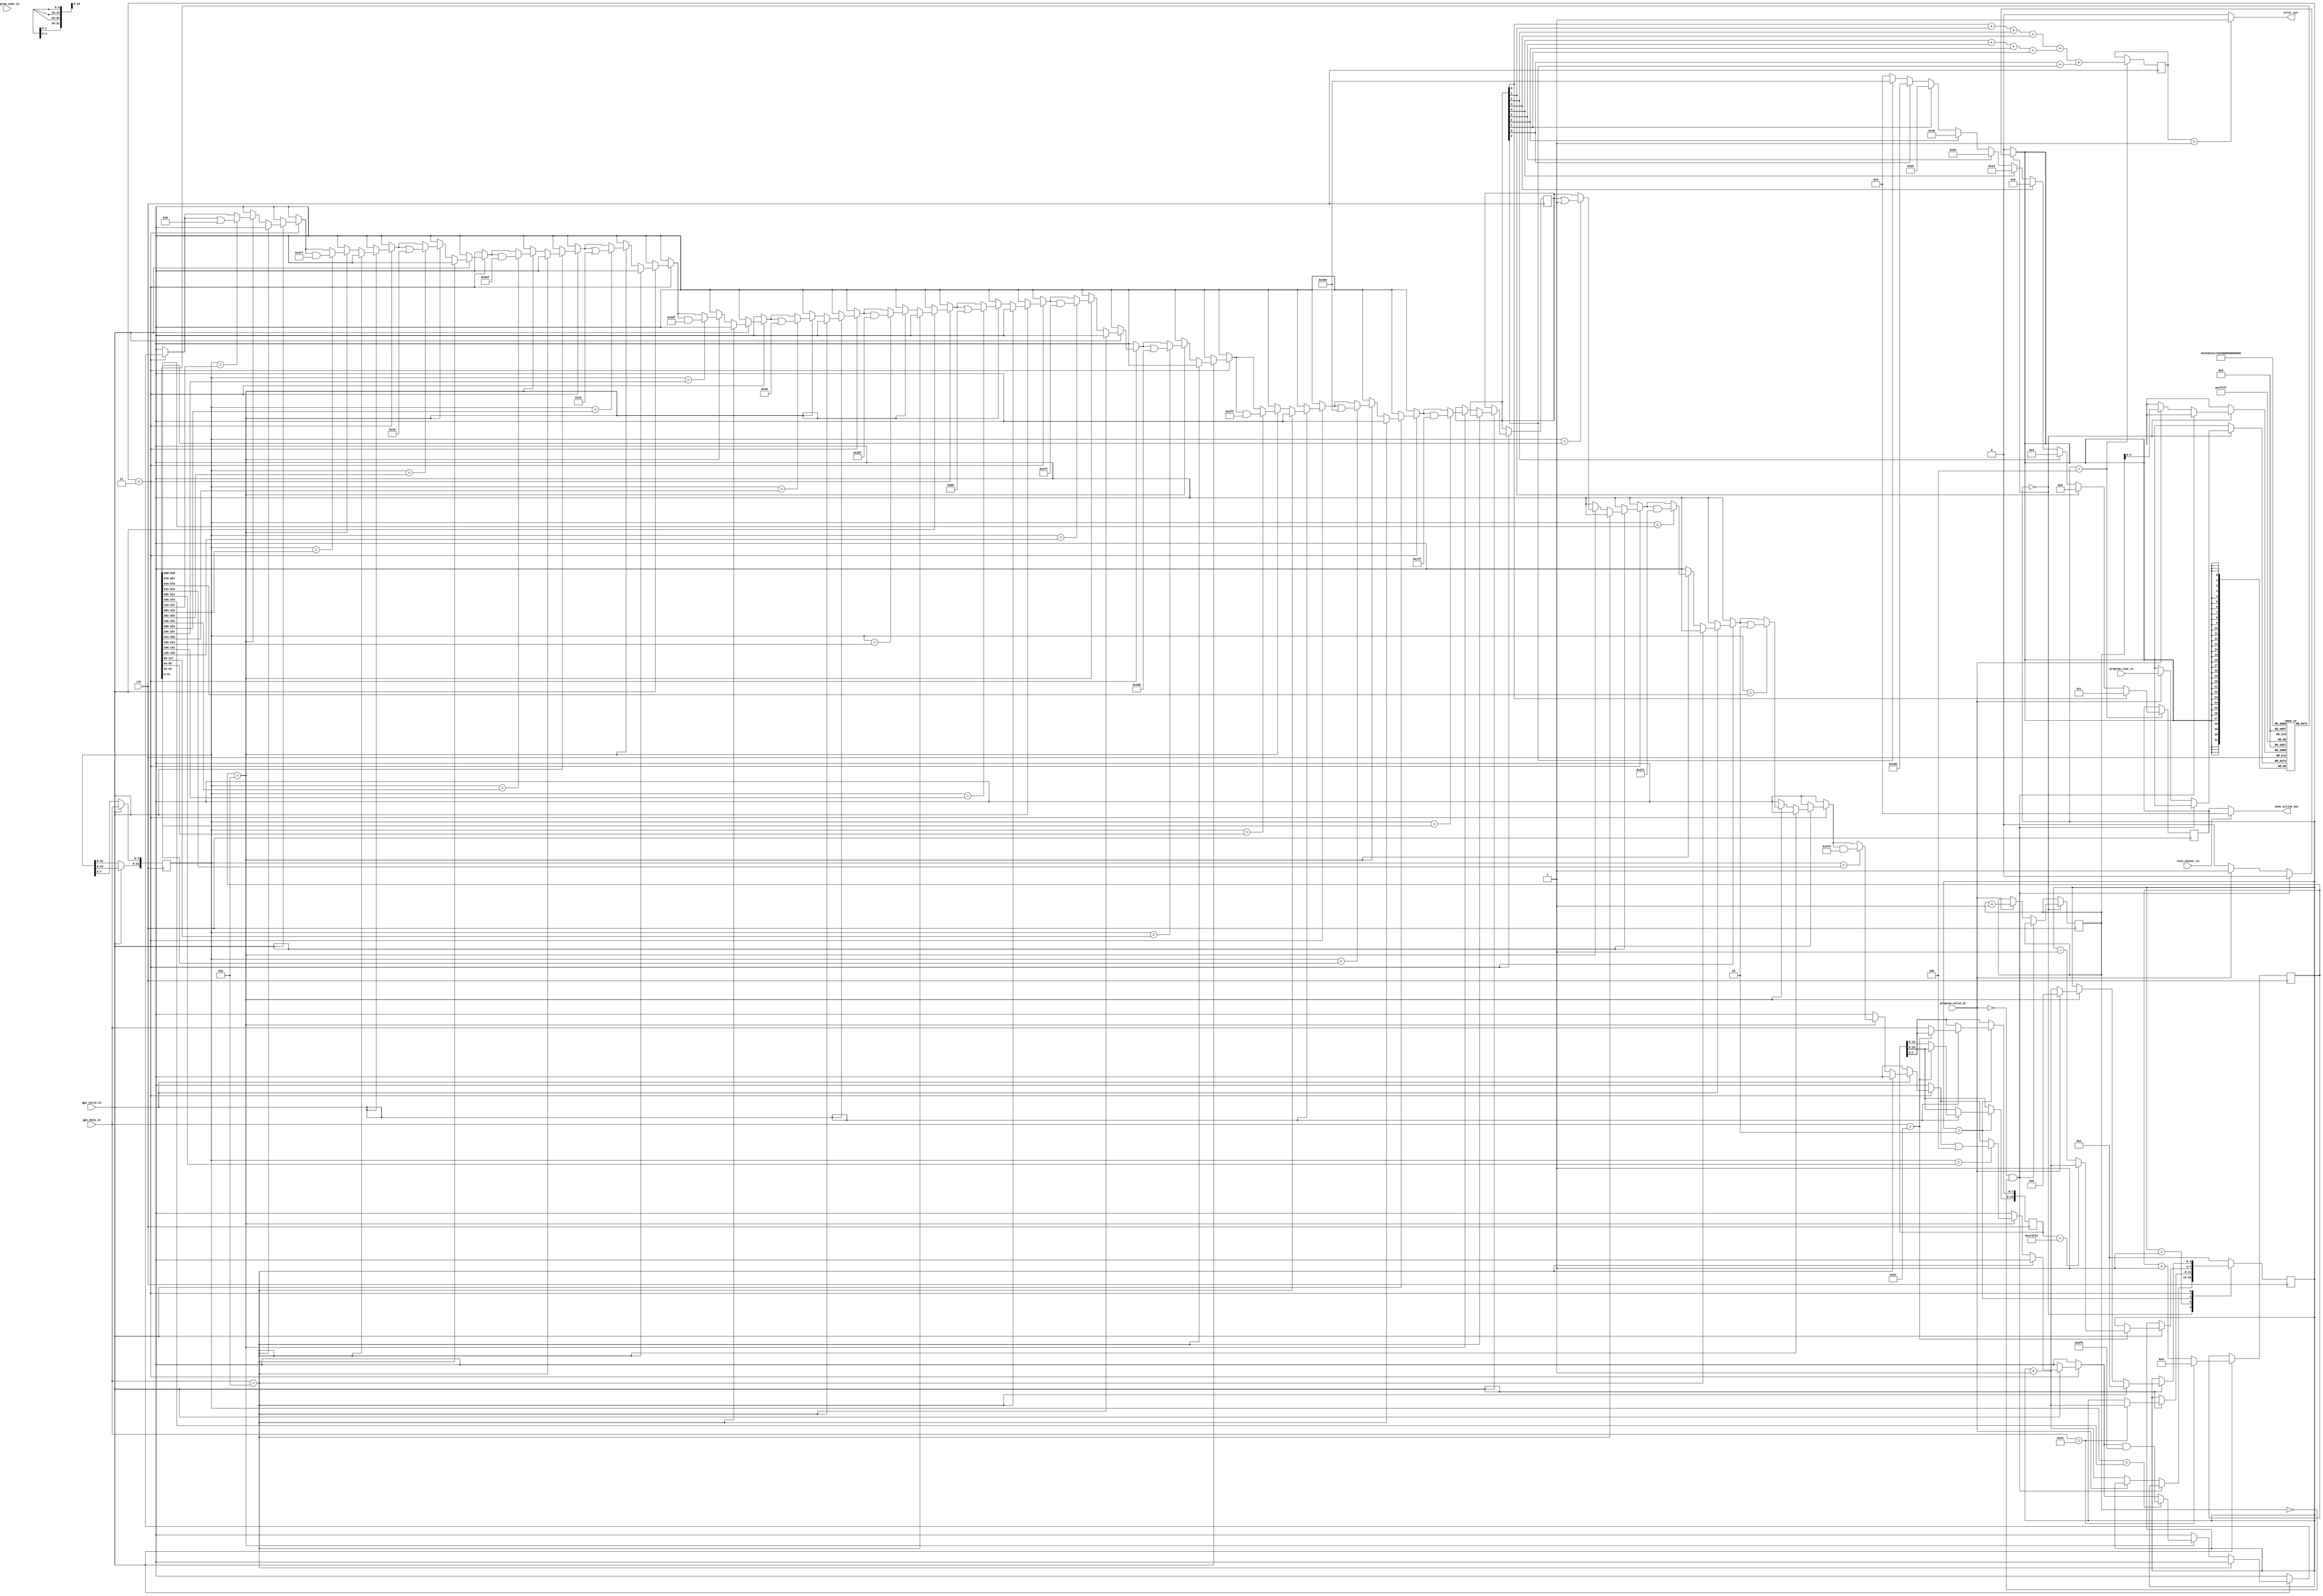
`timescale 1ns / 1ps
//////////////////////////////////////////////////////////////////////////////////
// Company: 
// 
// Design Name: 
// Module Name:    hw4_sprinkler
// Project Name: 
// Target Devices: 
// Tool versions: 
// Description: 		This is the file that implements the sprinkler
//						logic, for 10-zones.
// Dependencies: 
//
// Revision: 
// Revision 0.01 - File Created
// Additional Comments: 
//
//////////////////////////////////////////////////////////////////////////////////

module hw4_sprinkler(clk, rain_sensor_in, gps_data_in, gps_valid_in, program_zone_in, program_time_in, program_valid_in, zone_active_out, error_out);

//Inputs
input clk;
input rain_sensor_in;
input [7:0] gps_data_in;
input gps_valid_in;
	
input [4:0] program_zone_in;
input [31:0] program_time_in;
input program_valid_in;

//Outputs
// let the default zone be 0; we will set the correct output
// later in the state machine...
output reg [9:0] zone_active_out = 10'b0000000000; 
output reg error_out = 0;


//---------------------------Insert your code here---------------------------------//

//===============================================================================================
//-------------------Create the mechanism to grab the serial data and parse it-------------------
//===============================================================================================

reg [9:0] cnt = 0;
reg [31:0] zone_time[0:19]; // start-end time for 10 zones

reg [7:0] CHAR_CNT=0;
reg [3:0] STATE=0;
reg [31:0] TIME=0;
reg [23:0] NMEA=0;
reg [9:0] in_zone=0;
reg [3:0] ones = 0; // this will count the number of ones in the bit-vector
reg [9:0] tmp_zone_active_out = 10'b0000000000;  // output from rain-sensor would be the right output


// CREATE THE COUNTING MECHANISM FOR PARSING THE SERIAL DATA
always @(negedge clk) begin
	if(gps_valid_in) begin				
		TIME[31:8]<=TIME[23:0];
		TIME[7:0]<=gps_data_in;
		if(gps_data_in=="$")begin // '$': Start of frame
			CHAR_CNT<=0;
		end
		else begin
			CHAR_CNT<=CHAR_CNT+1;	
		end
	end	
end

// CREATE THE MECHNISM THAT PARSES THE SERIAL DATA

/*Reading from the file.. works...*/
always@(negedge clk) 
begin
	case(STATE)
		//---------------------Reading from the zone-program file-------------------------------
		0: 
		begin
			if((program_valid_in==0) && (cnt==0)) // initial condition at the very begining..
				STATE<=STATE;
			else if (program_valid_in) 
					begin
						zone_time[cnt] <= program_time_in;
						cnt <= cnt + 1;
					end 
				else 
					begin
						STATE <= STATE + 1;
					end
		end
		//---------------------Now read from the GPS data file-------------------------------
		1:
		begin // search for '$'
			if (gps_valid_in) 
				begin
					if (gps_data_in == "$")  // '$': Start of frame
						begin
							STATE<=STATE+1;	
						end	
				end
			else  // shouldn't be the case..
				begin
					STATE<=STATE;
				end
		end
		//------Check Tag, if not the proper tag go back to 1, else proceed to 3------------
		2:
		begin
			if (gps_valid_in) 
				begin
					if (gps_data_in==",") 
						begin
							if (NMEA=="GGA")  // GGA, this is the message containing the time..
								begin
									STATE<=STATE+1;
								end		
							else  // Wrong message, go back and search for the start of next message.
								begin
									STATE<=STATE-1;
								end
						end	
					else  // Grab the NMEA Message Type...
						begin
							NMEA[23:8]<=NMEA[15:0];
							NMEA[7:0]<=gps_data_in; // Grab the tag info
						end	
				end
		end
		//-------------------------Parse the time information---------------------------
		3:
		begin
			if (gps_valid_in) 
				begin
					if (gps_data_in==10) 
						begin
							STATE<=1;	
						end	
					else 
						begin
							if (CHAR_CNT==10)  // 'TIME' reg contains the time in hhmm format at this point
								begin /*decision making state...*/
									// in_zone = 0; // so that is contain the most updated information...
									/*is time in zone 1: if it is the starting time of z1, then set flag to 'yes'*/
									if (TIME==zone_time[0]) // you want to have bit-wise OR so that it retain the older in-range values
										in_zone = in_zone | 10'b0000000001;  // you would like it to be blocking..
									if (TIME==zone_time[1]) 
										in_zone = in_zone & 10'b1111111110; /*if it is ending time of z1 then set flag to 'no'*/
									/*is time in zone 2*/
									if (TIME==zone_time[2])
										in_zone = in_zone | 10'b0000000010;  
									if (TIME==zone_time[3]) 
										in_zone = in_zone & 10'b1111111101; 
									/*is time in zone 3*/
									if (TIME==zone_time[4])
										in_zone = in_zone | 10'b0000000100;  
									if (TIME==zone_time[5]) 
										in_zone = in_zone & 10'b1111111011; 									
									/*is time in zone 4*/
									if (TIME==zone_time[6])
										in_zone = in_zone | 10'b0000001000;  
									if (TIME==zone_time[7]) 
										in_zone = in_zone & 10'b1111110111; 									
									/*is time in zone 5*/
									if (TIME==zone_time[8])
										in_zone = in_zone | 10'b0000010000;  
									if (TIME==zone_time[9]) 
										in_zone = in_zone & 10'b1111101111; 
									/*is time in zone 6*/
									if (TIME==zone_time[10])
										in_zone = in_zone | 10'b0000100000;  
									if (TIME==zone_time[11]) 
										in_zone = in_zone & 10'b1111011111; 
									/*is time in zone 7*/
									if (TIME==zone_time[12])
										in_zone = in_zone | 10'b0001000000;  
									if (TIME==zone_time[13]) 
										in_zone = in_zone & 10'b1110111111; 
									/*is time in zone 8*/
									if (TIME==zone_time[14])
										in_zone = in_zone | 10'b0010000000;  
									if (TIME==zone_time[15]) 
										in_zone = in_zone & 10'b1101111111; 									
									/*is time in zone 9*/
									if (TIME==zone_time[16])
										in_zone = in_zone | 10'b0100000000;  
									if (TIME==zone_time[17]) 
										in_zone = in_zone & 10'b1011111111; 									
									/*is time in zone 10*/
									if (TIME==zone_time[18])
										in_zone = in_zone | 10'b1000000000;  
									if (TIME==zone_time[19]) 
										in_zone = in_zone & 10'b0111111111; 									

									STATE=STATE+1;
									/*if program_valid_in signal becomes high... go to the start of the program*/
									if(program_valid_in)
										STATE=0;									
								end
							else 
								begin
									STATE<=STATE; // keep looping on this state until we reach the end of the line...
								end
						end
				end
		end
		//-------------------------Conflict detection state---------------------------
		4:
		begin
			ones =	((in_zone[0] + in_zone[1] + in_zone[2] + in_zone[3]) +
						(in_zone[4] + in_zone[5] + in_zone[6] + in_zone[7]) +
						(in_zone[8] + in_zone[9]));

			/*water the zone anyways...*/
			if(in_zone[0])
				tmp_zone_active_out = 10'b0000000001;
			else if (in_zone[1])
				tmp_zone_active_out = 10'b0000000010;
			else if (in_zone[2])
				tmp_zone_active_out = 10'b0000000100;
			else if (in_zone[3])
				tmp_zone_active_out = 10'b0000001000;
			else if (in_zone[4])
				tmp_zone_active_out = 10'b0000010000;
			else if (in_zone[5])
				tmp_zone_active_out = 10'b0000100000;
			else if (in_zone[6])
				tmp_zone_active_out = 10'b0001000000;
			else if (in_zone[7])
				tmp_zone_active_out = 10'b0010000000;
			else if (in_zone[8])
				tmp_zone_active_out = 10'b0100000000;
			else if (in_zone[9])
				tmp_zone_active_out = 10'b1000000000;	
			else // for the case, when there is no zone time...
				tmp_zone_active_out = 10'b0000000000; // default value
			/*move back to the starting state..*/
			STATE=1;
		end

		default: begin
			STATE<=1; // go read the gps file...
		end
	endcase
end

/*Rain Module: defined it here...*/
/*Combinational logic, which drives the final output*/
always@(*) begin
	if (rain_sensor_in) 
		zone_active_out <= 10'b0000000000;
	else 
		zone_active_out <= tmp_zone_active_out;

	if (ones > 1) 
		error_out <= 1;
	else
		error_out <= 0;
end

endmodule